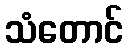
သံတောင်